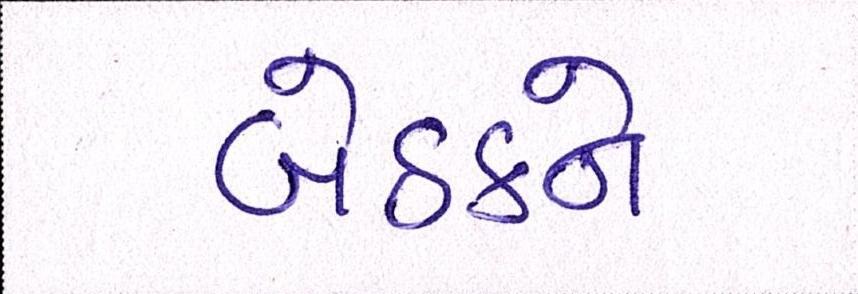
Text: બેઠકને